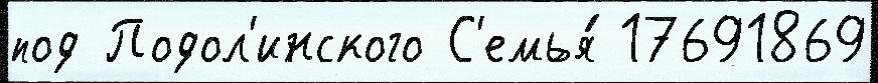
под Подол'инского С'емья́ 17691869